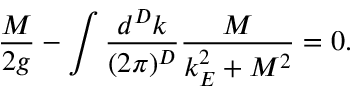
\frac { M } { 2 g } - \int \frac { d ^ { D } k } { ( 2 \pi ) ^ { D } } \frac { M } { k _ { E } ^ { 2 } + M ^ { 2 } } = 0 .